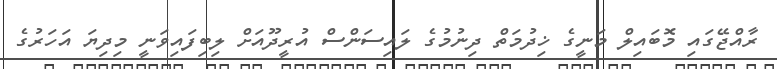
ރާއްޖޭގައި މޮބައިލް މަނީގެ ޚިދުމަތް ދިނުމުގެ ލައިސަންސް އުރީދޫއަށް ލިބިފައިވަނީ މިދިޔަ އަހަރުގެ